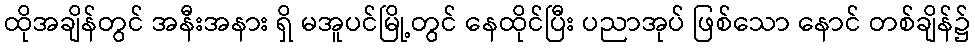
ထိုအချိန်တွင် အနီးအနား ရှိ မအူပင်မြို့တွင် နေထိုင်ပြီး ပညာအုပ် ဖြစ်သော နောင် တစ်ချိန်၌